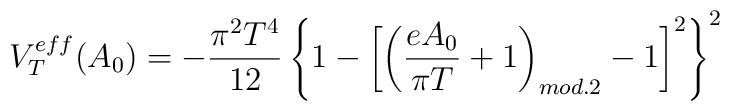
V_T^{eff}(A_0) = -\frac{\pi^2T^4}{12}\left\{ 1 - \left[ \left(\frac{eA_0}{\pi T} + 1 \right)_{mod.2} - 1 \right]^2 \right\}^2